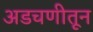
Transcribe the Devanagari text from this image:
अडचणीतून